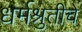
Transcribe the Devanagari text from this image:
धर्मश्रुतीचे